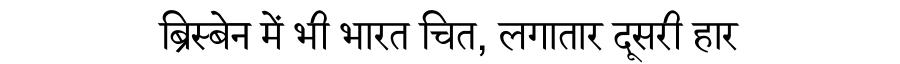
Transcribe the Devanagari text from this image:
ब्रिस्बेन में भी भारत चित, लगातार दूसरी हार